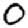
Digit: 0